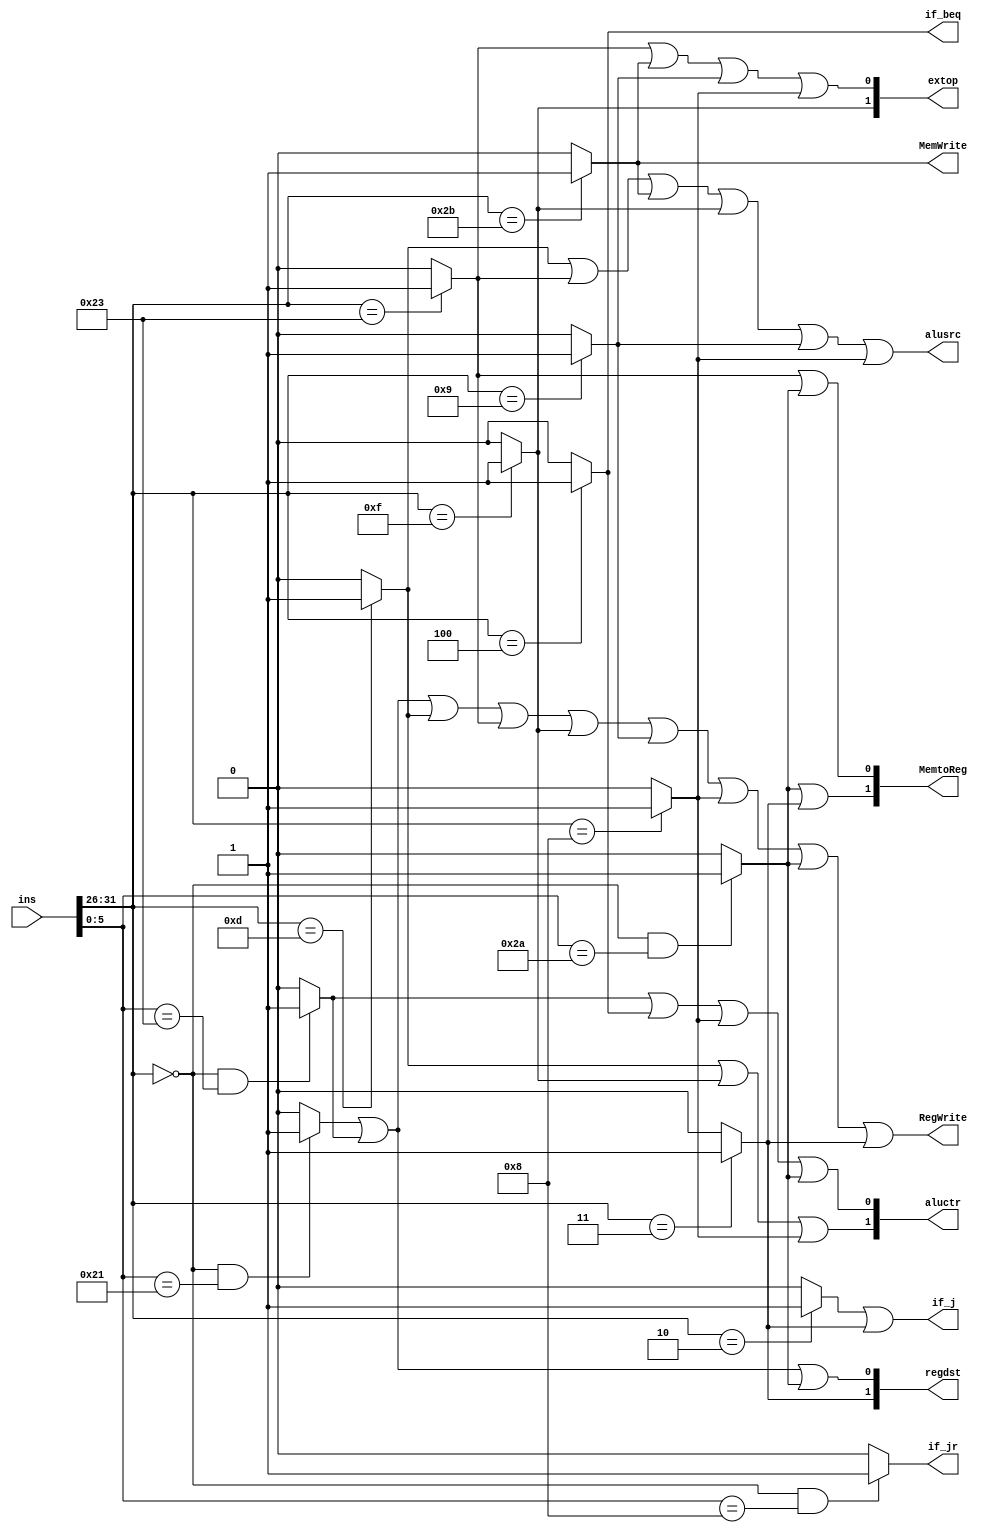
module controller(ins,if_jr,if_beq,if_j,MemWrite,MemtoReg, RegWrite,regdst,alusrc,aluctr,extop);
    
    input  [31:0] ins;      //32-bit instruct
    output [1:0] MemtoReg;  // 00:ALU_out 01:DM 10:JALpc 11:SLTout
    output [1:0] regdst;    // 00:rt 01:rd 10:$31
    output [1:0] extop;     // 00:zero 01:sign 10:lui 
    output [1:0] aluctr;   //ALU
    output alusrc;          //B 0busB 1: imm16
    output MemWrite;        //DM
    output RegWrite;        //GPR
    output if_jr,if_beq,if_j;
    wire addu,subu,ori,lw,sw,beq,lui,j,addiu,addi,slt,jal,jr;

    //opcodefunct
    assign addu = (ins[31:26]==6'd0 && ins[5:0]==6'b100001)?1:0;
    assign subu = (ins[31:26]==6'd0 && ins[5:0]==6'b100011)?1:0;
    assign slt  = (ins[31:26]==6'd0 && ins[5:0]==6'b101010)?1:0;
    assign jr   = (ins[31:26]==6'd0 && ins[5:0]==6'b001000)?1:0;
    assign j    = (ins[31:26]==6'b000010)?1:0;
    assign jal  = (ins[31:26]==6'b000011)?1:0;
    assign beq  = (ins[31:26]==6'b000100)?1:0;
    assign addi = (ins[31:26]==6'b001000)?1:0;
    assign addiu= (ins[31:26]==6'b001001)?1:0;
    assign ori  = (ins[31:26]==6'b001101)?1:0;
    assign lw   = (ins[31:26]==6'b100011)?1:0;
    assign sw   = (ins[31:26]==6'b101011)?1:0;
    assign lui  = (ins[31:26]==6'b001111)?1:0;
  
  //
    assign if_jr   = jr;                                         //1 jr
    assign if_beq  = beq;                                        //1 beq
    assign if_j    = j||jal;                                     //q j
    assign MemWrite= sw;                                         //1 
    assign MemtoReg= {(slt||jal),(lw||slt)};                     //
    assign RegWrite= addu||subu||ori||lw||lui||addiu||addi||slt||jal; //1 
    assign regdst  = {jal,(addu||subu||slt)};                         //
    assign alusrc  = ori||lw||sw||lui||addiu||addi;                   //ALU 0 bushB;1 extout
    assign aluctr  = {(ori||lui||addi),(subu||beq||addi||slt)};       //ALU 00 add; 01 sub; 10 or; 11 addi 
    assign extop   = {lui,(lw||sw||addiu||addi)};                     // 00 001 10 lui
  
endmodule